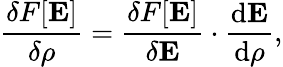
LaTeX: \frac{\delta F[\mathbf{E}]}{\delta\rho}=\frac{\delta F[\mathbf{E}]}{\delta\mathbf{E}}\cdot\frac{\mathrm{d}\mathbf{E}}{\mathrm{d}\rho},